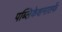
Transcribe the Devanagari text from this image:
पब्लिकेशनातर्फे